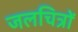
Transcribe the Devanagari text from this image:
जलचित्रों